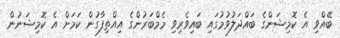
ބޭއްވި އެ ކޮމިޝަންގެ ބައްދަލުވުމުގައި ބައިވެރިވި މެމްބަރުންގެ އިއްތިފާގުން ކަމަށް އެ ކޮމިޝަނުން